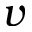
v